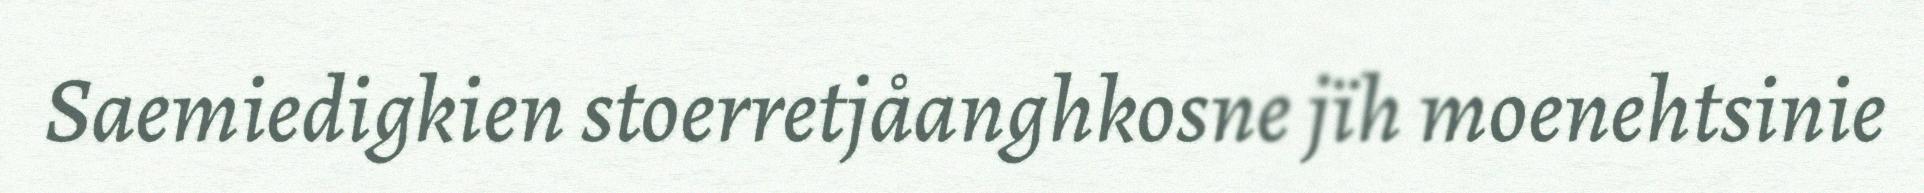
Saemiedigkien stoerretjåanghkosne jïh moenehtsinie